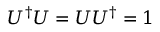
U ^ { \dagger } U = U U ^ { \dagger } = 1